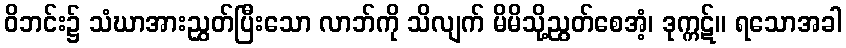
ဝိဘင်း၌ သံဃာအားညွှတ်ပြီးသော လာဘ်ကို သိလျက် မိမိသို့ညွတ်စေအံ့၊ ဒုက္ကဋ်။ ရသောအခါ